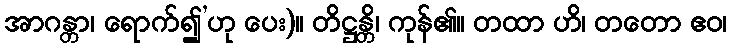
အာဂန္တာ၊ ရောက်၍’ဟု ပေး)။ တိဋ္ဌန္တိ၊ ကုန်၏။ တထာ ဟိ၊ တတော ဧဝ၊